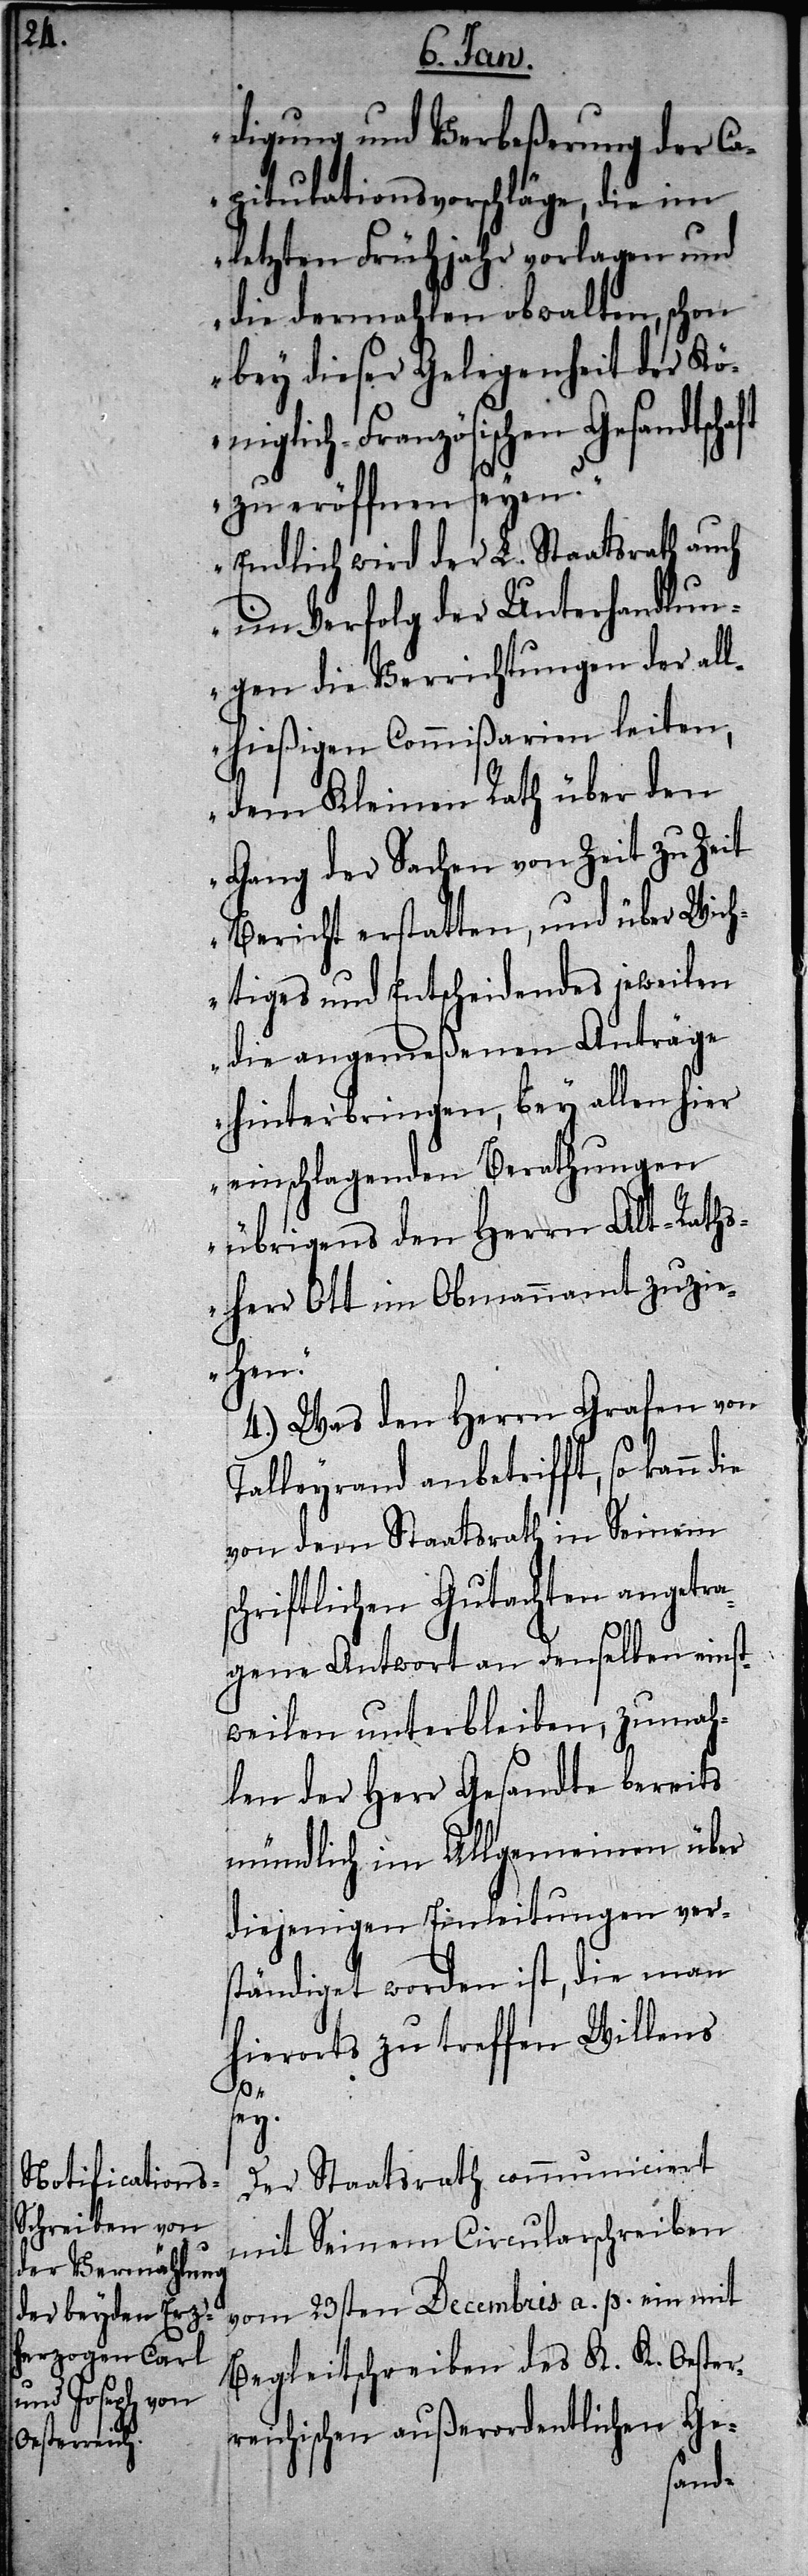
digung und Verbeßerung der Ca¬
pitulationsvorschläge, die im
letzten Frühjahr vorlagen und
die dermahlen obwalten, schon
bey dieser Gelegenheit der Kön¬
iglich-Französischen Gesandtsch¬
zu eröffnen seyen?“
„Endlich wird der L. Staatsrath auch
im Verfolg der Unterhandlun¬
gen die Verrichtungen der all¬
hießigen Commißarien leiten;
dem Kleinen Rath über den
Gang der Sachen von Zeit zu Zeit
Bericht erstatten, und über Wich¬
tiges und Entscheidendes jeweilen
die angemeßenen Anträge
hinterbringen, bey allen hier
einschlagenden Berathungen
übrigens den Herrn Alt-Raths¬
herr Ott im Obmannamt zuzi¬
ehen.“
4.) Was den Herrn Grafen von
Talleyrand anbetrifft, so kann
von dem Staatsrath in Seinem
schriftlichen Gutachten angetra¬
gene Antwort an denselben einst¬
weilen unterbleiben, zumah¬
len der Herr Gesandte bereits
mündlich im Allgemeinen über
diejenigen Einleitungen ver¬
ständiget worden ist, die man
hierorts zu treffen Willens
sey.
Der Staatsrath communiciert
mit Seinem Circularschreiben
vom 23sten Decembris a. p. ein mit
Begleitschreiben des K. K. Oester¬
reichischen außerordentlichen Ge-